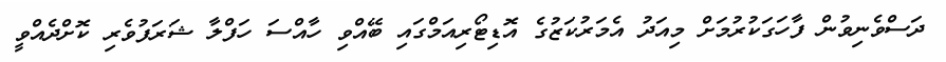
ދަސްވެނިވުން ފާހަގަކުރުމަށް މިއަދު އެމަރުކަޒުގެ އޮޑިޓޯރިއަމްގައި ބޭއްވި ހާއްސަ ހަފްލާ ޝަރަފުވެރި ކޮށްދެއްވީ